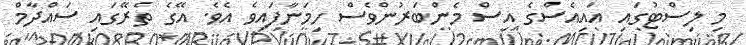
މި ލިސްޓުގައި އައިއެސްގެ އިސް މެންބަރުންވެސް ހިމަނާފައިވެ އެވެ. އޭގެ ތެރޭގައި ސައްދާމް